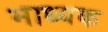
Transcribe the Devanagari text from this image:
माध्यक